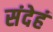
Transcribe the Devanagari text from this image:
संदेहं